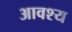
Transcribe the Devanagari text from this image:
आवश्‍य